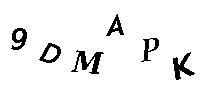
9DMAPK